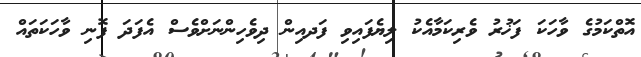
އޮތްކަމުގެ ވާހަކަ ފަޚުރު ވެރިކަމާއެކު ލިޔެފައިވި ފަދއިން ދިވެހިންނަށްވެސް އެފަދަ ފޮނި ވާހަކަތައް